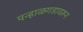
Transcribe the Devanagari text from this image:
पन्हाळगडावरून